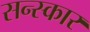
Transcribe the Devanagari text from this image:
सन्स्कार